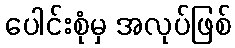
ပေါင်းစုံမှ အလုပ်ဖြစ်